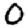
Digit: 0